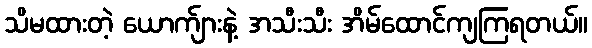
သိမထားတဲ့ ယောက်ျားနဲ့ အသီးသီး အိမ်ထောင်ကျကြရတယ်။